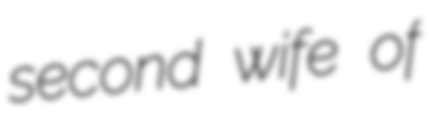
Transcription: second wife of